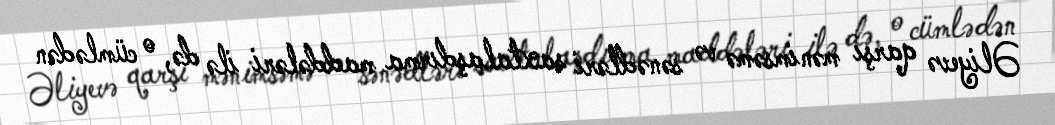
Əliyevə qarşı mənimsəmə və sənədləri saxtalaşdırma maddələri ilə də, o cümlədən